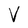
Character: V